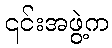
၎င်းအဖွဲ့က